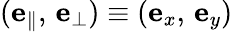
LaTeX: (\mathbf{e}_{\| },\, \mathbf{e}_{\perp})\equiv(\mathbf{e}_{x},\, \mathbf{e}_{y})